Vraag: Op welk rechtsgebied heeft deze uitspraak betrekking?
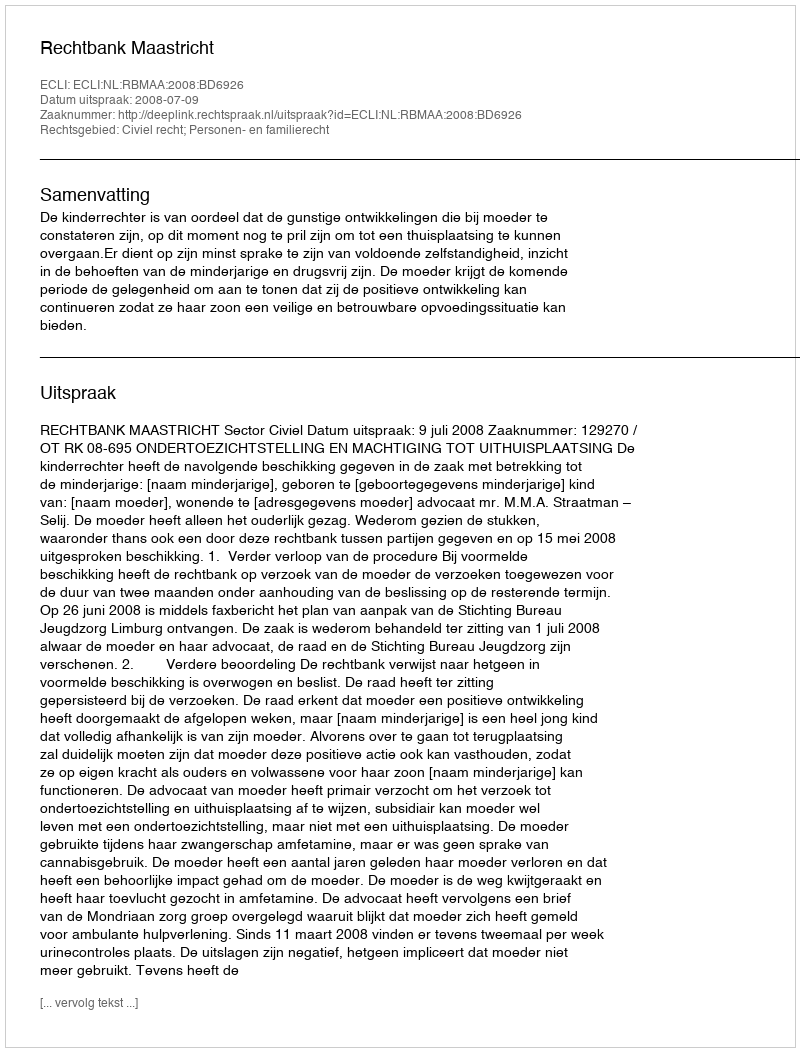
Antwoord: Civiel recht; Personen- en familierecht